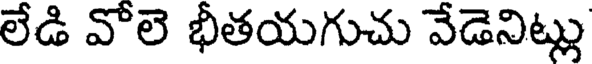
లేడి వోలె భీతయగుచు వేడెనిట్లు